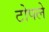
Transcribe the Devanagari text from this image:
टोपले